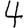
Digit: 4